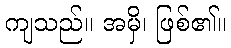
ကျသည်။ အမှိ၊ ဖြစ်၏။